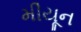
મીયૂન